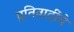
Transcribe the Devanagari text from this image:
प्रतिवादींचे